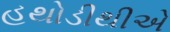
હથોડીથીએ